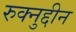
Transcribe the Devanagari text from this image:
रुक्नुद्दीन